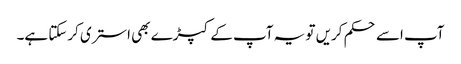
آپ اسے حکم کریں تو یہ آپ کے کپڑے بھی استری کرسکتا ہے۔